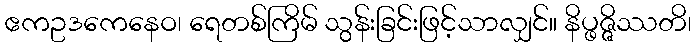
ဧကဥဒကေနေဝ၊ ရေတစ်ကြိမ် သွန်းခြင်းဖြင့်သာလျှင်။ နိပ္ဖဇ္ဇိဿတိ၊